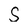
Character: S